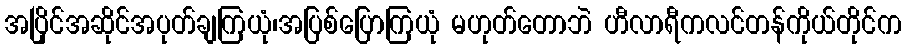
အပြိုင်အဆိုင်အပုတ်ချကြယုံ၊အပြစ်ပြောကြယုံ မဟုတ်တောဘဲ ဟီလာရီကလင်တန်ကိုယ်တိုင်က